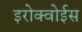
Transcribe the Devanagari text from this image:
इरोक्वोईस